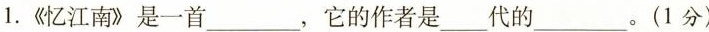
1.《忆江南》是一首___，它的作者是_代的___。(1分)